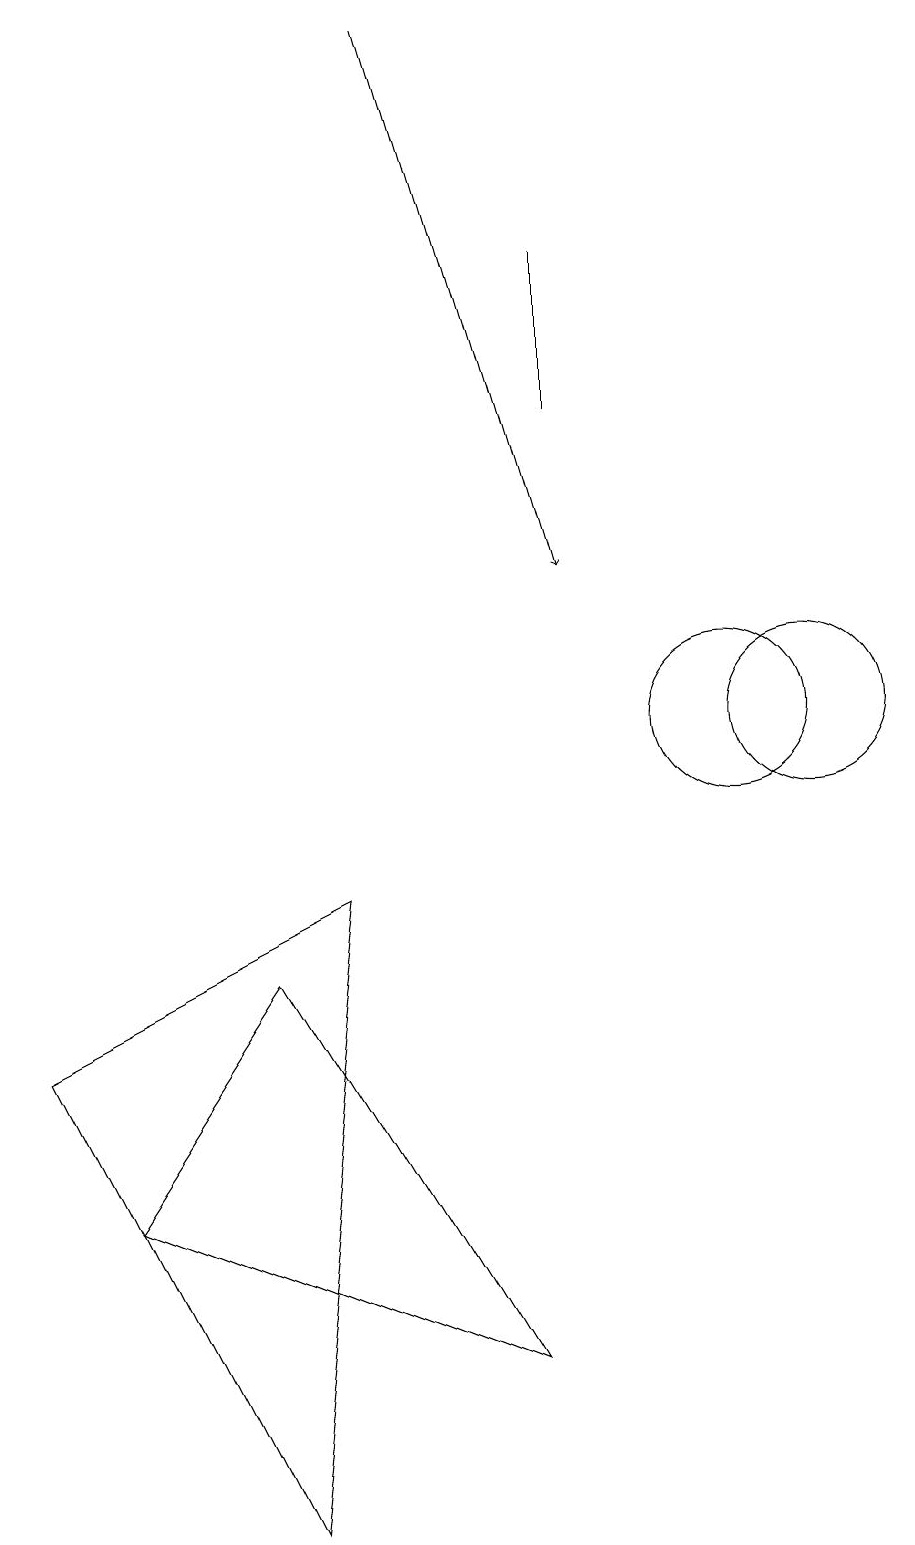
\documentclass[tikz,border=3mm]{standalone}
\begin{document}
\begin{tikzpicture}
\draw[->] (6,19) -- (8,12);
\draw (8,16) rectangle (8,14);
\draw (11,10) circle (1);
\draw (1,6) -- (4,0) -- (5,8) -- cycle;
\draw (10,10) circle (1);
\draw (4,7) -- (7,2) -- (2,4) -- cycle;
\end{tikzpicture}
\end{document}